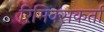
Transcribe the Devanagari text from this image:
रिमिक्सकर्ता